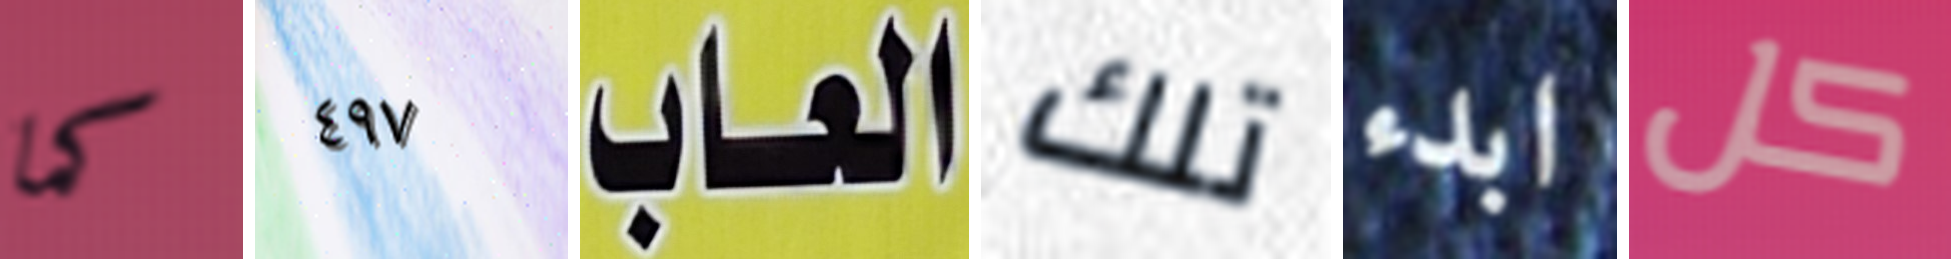
كما ٤٩٧ العاب تلك ابدء كل